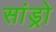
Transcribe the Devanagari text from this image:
सांड्रो